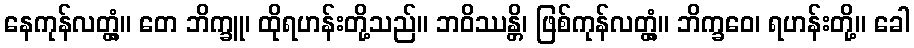
နေကုန်လတ္တံ့။ တေ ဘိက္ခူ၊ ထိုရဟန်းတို့သည်။ ဘဝိဿန္တိ၊ ဖြစ်ကုန်လတ္တံ့။ ဘိက္ခဝေ၊ ရဟန်းတို့။ ခေါ